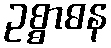
ဥစ္စာဓန